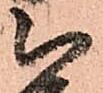
被